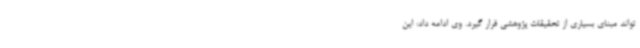
تواند مبنای بسیاری از تحقیقات پژوهشی قرار گیرد. وی ادامه داد: این